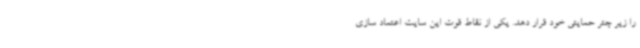
را زیر چتر حمایتی خود قرار دهد. یکی از نقاط قوت این سایت اعتماد سازی